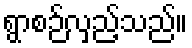
ရွာစဉ်လှည့်သည်။